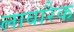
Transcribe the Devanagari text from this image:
लावारैक